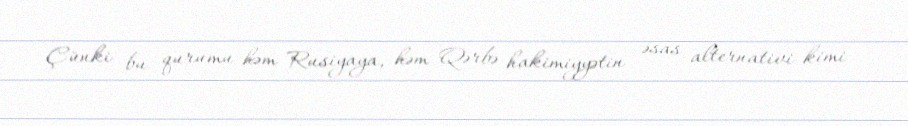
Çünki bu qurumu həm Rusiyaya, həm Qərbə hakimiyyətin əsas alternativi kimi